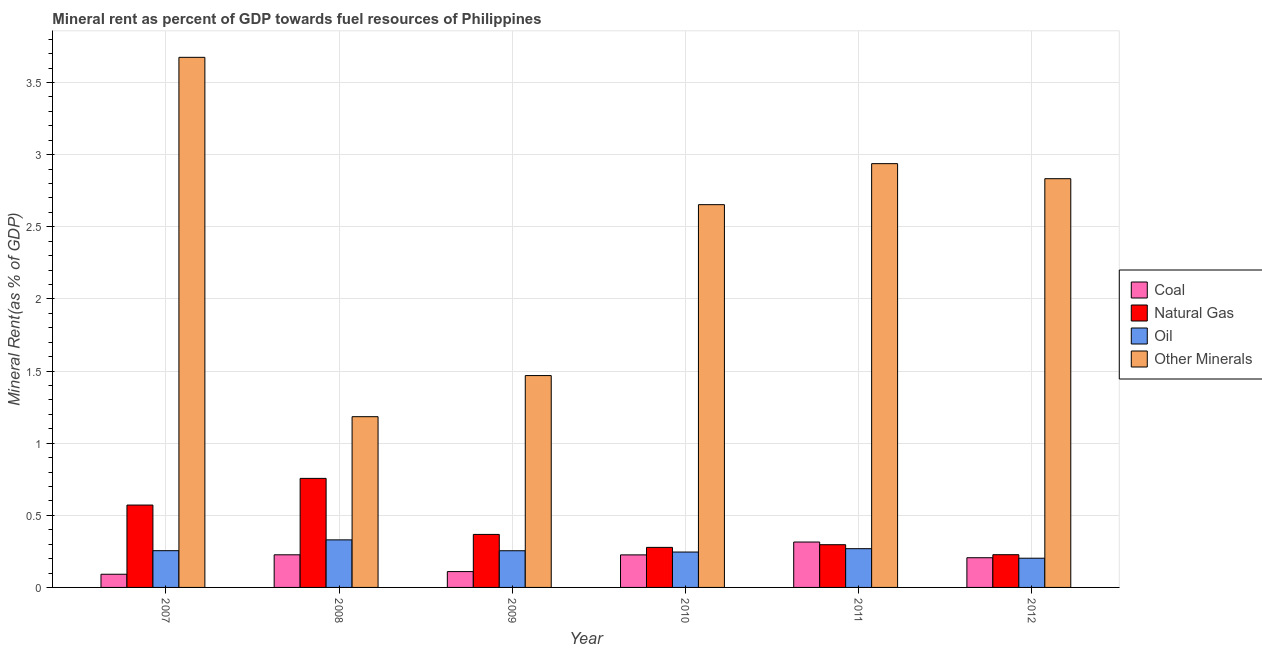
| Year | Coal | Natural Gas | Oil | Other Minerals |
 | --- | --- | --- | --- | --- |
 | 2007 | 0.0914 | 0.571 | 0.255 | 3.67 |
 | 2008 | 0.226 | 0.756 | 0.33 | 1.18 |
 | 2009 | 0.11 | 0.368 | 0.254 | 1.47 |
 | 2010 | 0.226 | 0.278 | 0.245 | 2.65 |
 | 2011 | 0.315 | 0.296 | 0.269 | 2.94 |
 | 2012 | 0.206 | 0.227 | 0.203 | 2.83 |